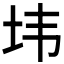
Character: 𰉘